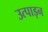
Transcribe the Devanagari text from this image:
उत्पाड़न